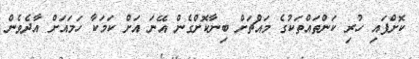
ކޮށްފައި ހުރި ކަންތައްތަކުގެ މައްޗަށް ބިނާކޮށްގެން އޭނަ އަށް ކަމަކާ ހަމައަށް އާދެވެން